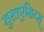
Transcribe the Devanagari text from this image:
युस्तएसिय्स्